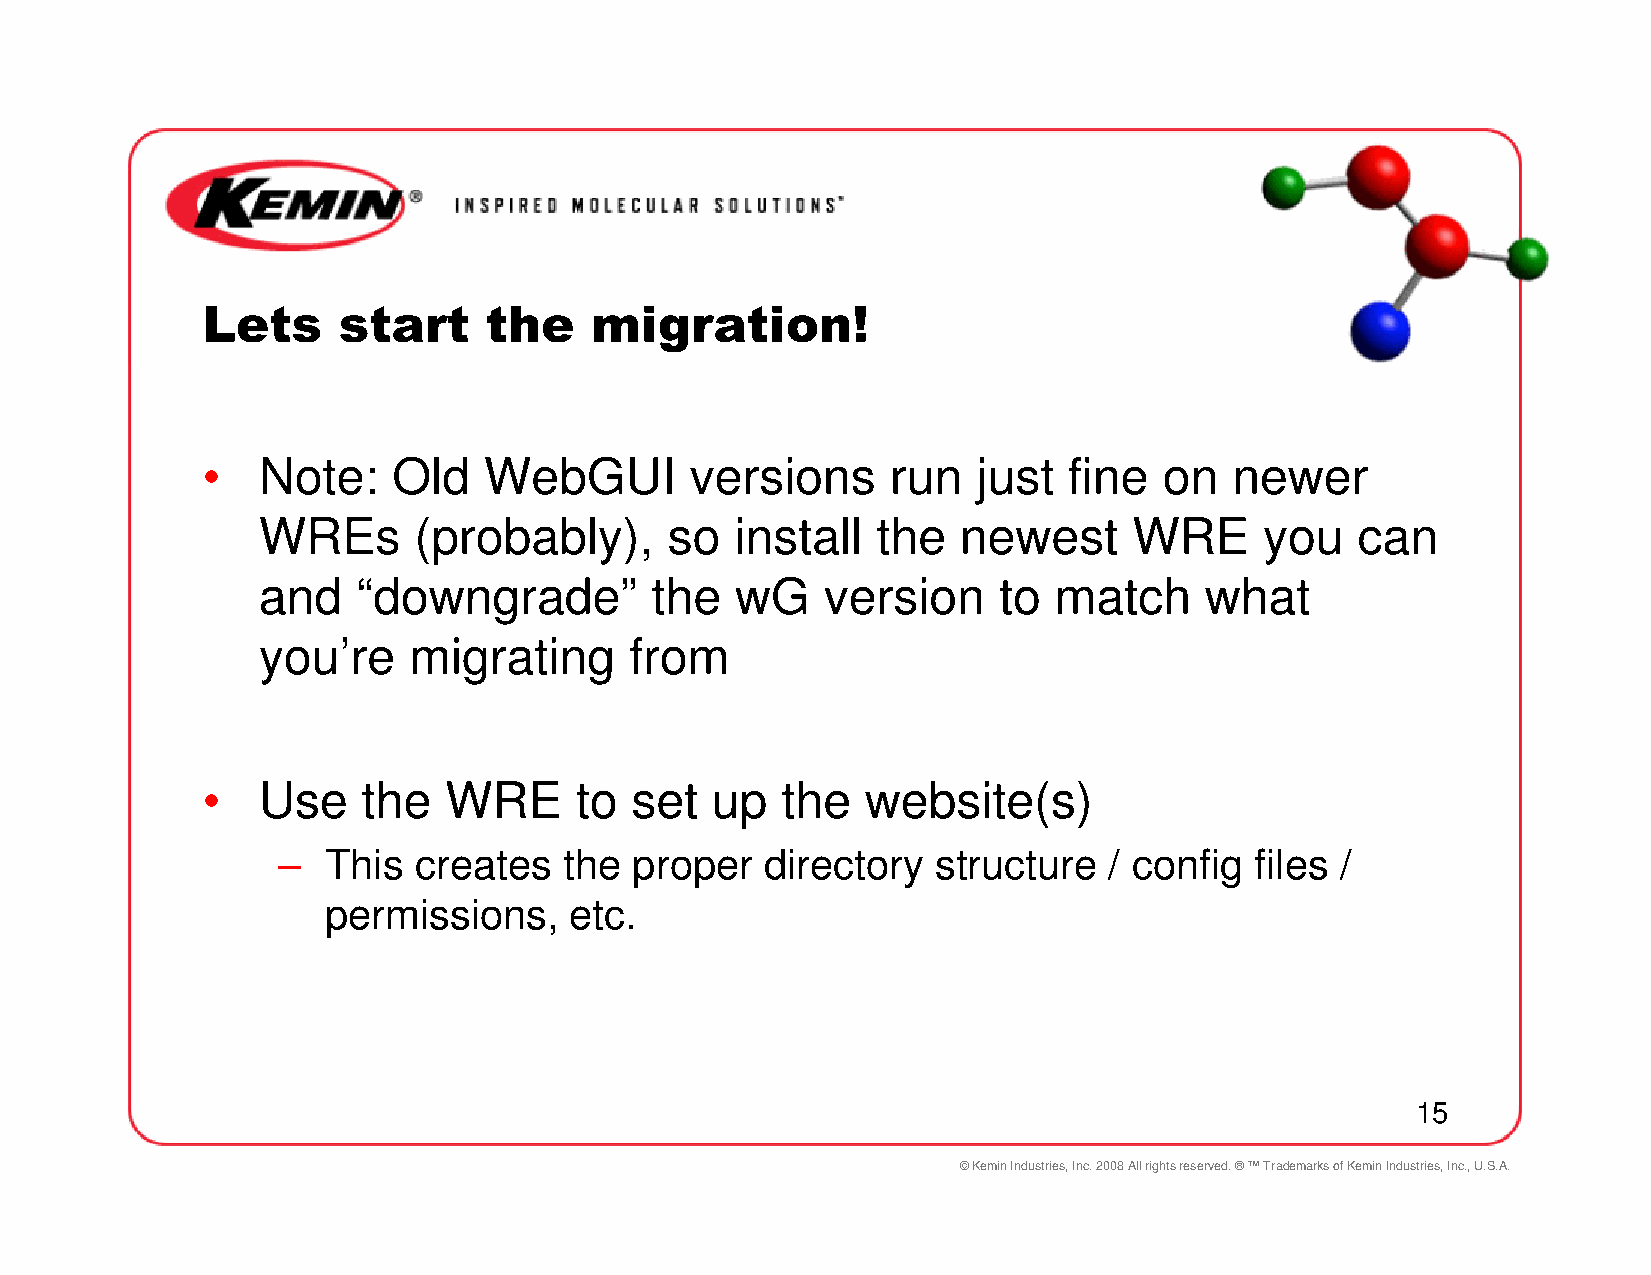
Lets     start     the    migration!
 •   Note:    Old   WebGUI        versions     run   just  fine  on   newer
 WREs      (probably),      so   install  the   newest     WRE      you   can
 and    “downgrade”        the   wG    version    to  match     what
 you’re    migrating      from
 •   Use    the  WRE      to  set  up   the  website(s)
 –  This  creates   the  proper   directory  structure  / config  files /
 permissions,     etc.
 15
 © Kemin Industries, Inc. 2008 All rights reserved. ® ™ Trademarks of Kemin Industries, Inc., U.S.A.